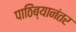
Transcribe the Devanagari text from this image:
पाठिंब्यानंतर